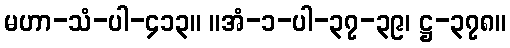
မဟာ-သံ-ပါ-၄၁၃။ ။အံ-၁-ပါ-၃၇-၃၉၊ ဋ္ဌ-၃၇၈။